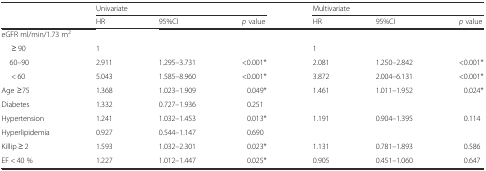
<table><thead><tr><td rowspan="2"></td><td colspan="3"><b>Univariate</b></td><td colspan="3"><b>Multivariate</b></td></tr><tr><td><b>HR</b></td><td><b>95%CI</b></td><td><b><i>p</i> value</b></td><td><b>HR</b></td><td><b>95%CI</b></td><td><b><i>p</i> value</b></td></tr></thead><tbody><tr><td colspan="7">eGFR ml/min/1.73 m<sup>2</sup></td></tr><tr><td>≥ 90</td><td>1</td><td></td><td></td><td>1</td><td></td><td></td></tr><tr><td> 60–90</td><td>2.911</td><td>1.295–3.731</td><td>&lt;0.001*</td><td>2.081</td><td>1.250–2.842</td><td>&lt;0.001*</td></tr><tr><td>&lt; 60</td><td>5.043</td><td>1.585–8.960</td><td>&lt;0.001*</td><td>3.872</td><td>2.004–6.131</td><td>&lt;0.001*</td></tr><tr><td>Age ≥75</td><td>1.368</td><td>1.023–1.909</td><td>0.049*</td><td>1.461</td><td>1.011–1.952</td><td>0.024*</td></tr><tr><td>Diabetes</td><td>1.332</td><td>0.727–1.936</td><td>0.251</td><td></td><td></td><td></td></tr><tr><td>Hypertension</td><td>1.241</td><td>1.032–1.453</td><td>0.013*</td><td>1.191</td><td>0.904–1.395</td><td>0.114</td></tr><tr><td>Hyperlipidemia</td><td>0.927</td><td>0.544–1.147</td><td>0.690</td><td></td><td></td><td></td></tr><tr><td>Killip ≥ 2</td><td>1.593</td><td>1.032–2.301</td><td>0.023*</td><td>1.131</td><td>0.781–1.893</td><td>0.586</td></tr><tr><td>EF &lt; 40 %</td><td>1.227</td><td>1.012–1.447</td><td>0.025*</td><td>0.905</td><td>0.451–1.060</td><td>0.647</td></tr></tbody></table>